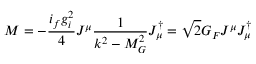
{ \cal M } = - \frac { i _ { f } g _ { i } ^ { 2 } } { 4 } J ^ { \mu } \frac { 1 } { k ^ { 2 } - M _ { G } ^ { 2 } } J _ { \mu } ^ { \dagger } = \sqrt { 2 } G _ { F } J ^ { \mu } J _ { \mu } ^ { \dagger }